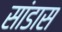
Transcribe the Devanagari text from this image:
सांडास